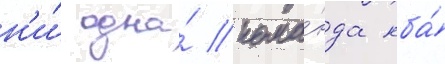
н'и́ одна́ кома́нда нба́